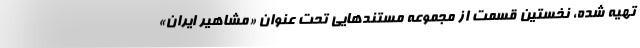
تهیه شده، نخستین قسمت از مجموعه‌ مستندهایی تحت عنوان «مشاهیر ایران»